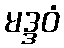
မဒ္ဒဝံ